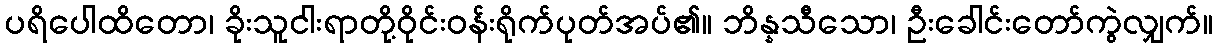
ပရိပေါထိတော၊ ခိုးသူငါးရာတို့ဝိုင်းဝန်းရိုက်ပုတ်အပ်၏။ ဘိန္နသီသော၊ ဦးခေါင်းတော်ကွဲလျှက်။